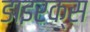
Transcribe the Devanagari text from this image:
डाइरक्स